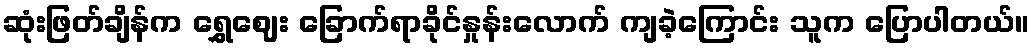
ဆုံးဖြတ်ချိန်က ရွှေဈေး ခြောက်ရာခိုင်နှုန်းလောက် ကျခဲ့ကြောင်း သူက ပြောပါတယ်။